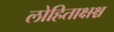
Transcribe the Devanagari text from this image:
लोहिताक्षश्च